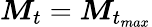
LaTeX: \boldsymbol{M}_{t}=\boldsymbol{M}_{t_{max}}